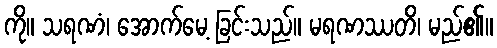
ကို။ သရဏံ၊ အောက်မေ့ ခြင်းသည်။ မရဏဿတိ၊ မည်၏။